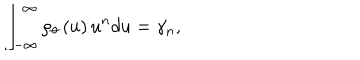
\int _ { - \infty } ^ { \infty } \rho _ { \theta } \left( u \right) u ^ { n } d u = \gamma _ { n } ,